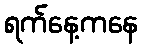
ရက်နေ့ကနေ